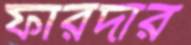
ফারদার